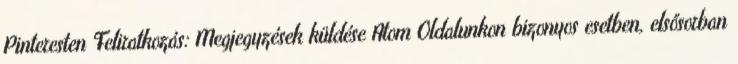
Pinteresten Feliratkozás: Megjegyzések küldése Atom Oldalunkon bizonyos esetben, elsősorban